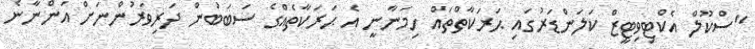
"ސްކޫލް އެކްޓިވިޓީޒް ކަލަންޑަރުގައި ޙަރަކާތްތައް ހިމަނާނީ އެ ޙަރަކާތެއްގެ ސަބަބުން ދަރިވަރުންނަށް އަންނާނެ